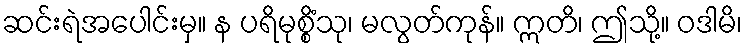
ဆင်းရဲအပေါင်းမှ။ န ပရိမုစ္စိံသု၊ မလွတ်ကုန်။ ဣတိ၊ ဤသို့။ ဝဒါမိ၊